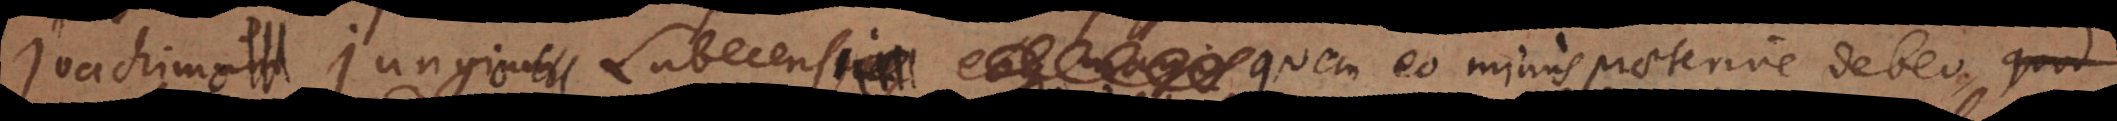
Joachimo Jungio Lubecensi, quem eo minus praeterire debeo, quod